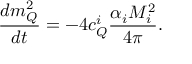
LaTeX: \frac { d m _ { Q } ^ { 2 } } { d t } = - 4 c _ { Q } ^ { i } \frac { \alpha _ { i } M _ { i } ^ { 2 } } { 4 \pi } .